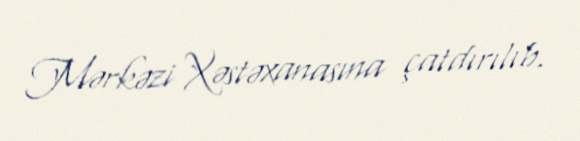
Mərkəzi Xəstəxanasına çatdırılıb.